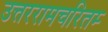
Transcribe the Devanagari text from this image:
उत्तररामचरितम्‍